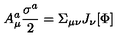
A _ { \mu } ^ { a } \frac { \sigma ^ { a } } { 2 } = \Sigma _ { \mu \nu } J _ { \nu } [ \Phi ]